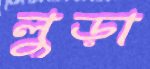
লুড়া